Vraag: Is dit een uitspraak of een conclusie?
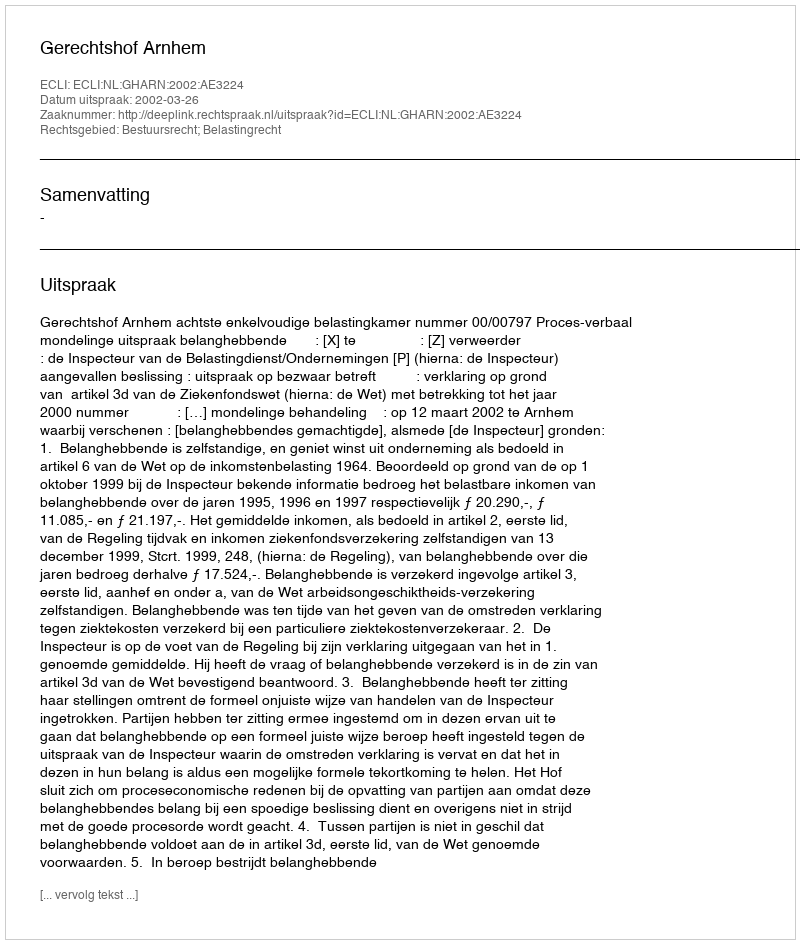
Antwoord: Uitspraak